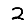
Digit: 2